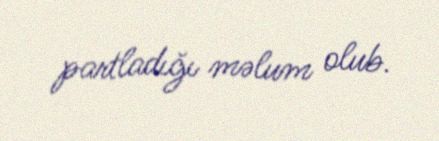
partladığı məlum olub.